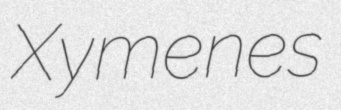
Xymenes